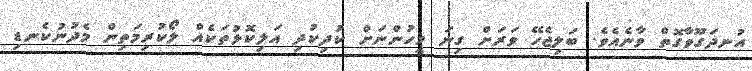
އުނދަގޫވާގޮތް ވާނެއެވެ. ބަލިޖެހޭ ވަރަށް ގިނަ މީހުންނަށް ކުދިކުދި އަލިކޮޅުތަކެއް ލޯކުރިމަތިން މެދުނުކެނޑި